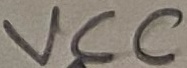
Text: VCC